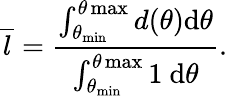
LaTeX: \overline{{l}}=\frac{\int_{\theta_{\operatorname*{min}}}^{\theta\operatorname*{max}}d(\theta)\mathrm{d}\theta}{\int_{\theta_{\operatorname*{min}}}^{\theta\operatorname*{max}}1\mathrm{~d}\theta}.